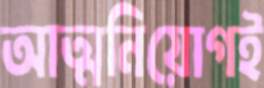
আত্মনিয়োগই